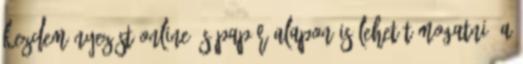
Kezdeményezést online és papír alapon is lehet támogatni. A